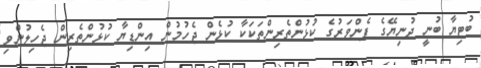
ބުޓިޔާ ބުނީ ދުނިޔޭގެ ފެންވަރުގެ ކުޅުންތެރިންތަކަކާ ކުޅެން ޖެހުމުން އިންޑިޔާ ކުޅުންތެރިން ޖެހިލުންވި